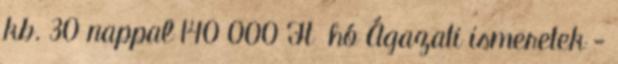
kb. 30 nappal 140 000 Ft hó Ágazati ismeretek -